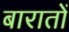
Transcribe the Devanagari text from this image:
बारातों